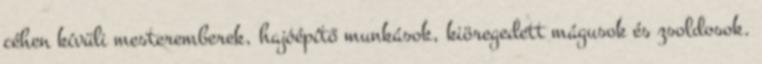
céhen kívüli mesteremberek, hajóépítő munkások, kiöregedett mágusok és zsoldosok.